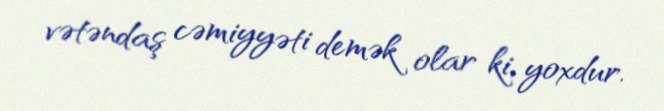
vətəndaş cəmiyyəti demək olar ki, yoxdur.